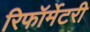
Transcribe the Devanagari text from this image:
रिफॉर्मेटरी